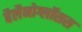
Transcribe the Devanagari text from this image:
बैलैनोग्लॉसस